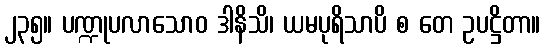
၂၃၅။ ပဏ္ဍုပလာသောဝ ဒါနိသိ၊ ယမပုရိသာပိ စ တေ ဥပဋ္ဌိတာ။